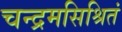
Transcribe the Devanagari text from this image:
चन्द्रमसिश्रितं